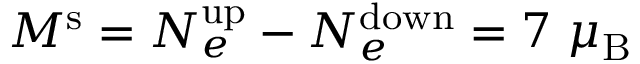
M ^ { \mathrm { s } } = N _ { e } ^ { \mathrm { u p } } - N _ { e } ^ { \mathrm { d o w n } } = 7 ~ \mu _ { \mathrm { B } }